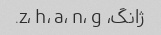
ژانگ، z، h، a، n، g.